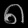
Digit: ၈